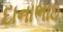
દાનાભાઇ